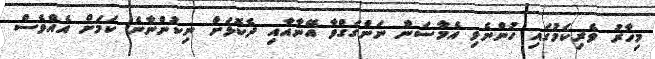
މިހާރު ވެރިކަމުގައި ހުންނެވި އެމާސަން ނަންގަގްވާާ އޭނާއާއި ދެކޮޅަށް ނިކުންނާނެ ކަމަށް އެއްވެސް